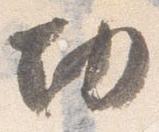
切